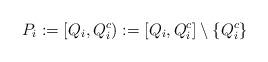
LaTeX: \begin{align*} P_i:=[Q_i,Q_i^c):=[Q_i,Q_i^c]\setminus\{Q_i^c\}\end{align*}